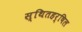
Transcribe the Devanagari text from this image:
स्थितहर्षिल